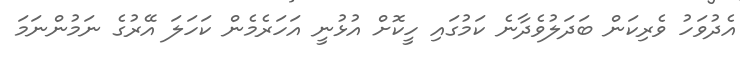
އެދުވަހު ވެރިކަން ބަދަލުވެދާނެ ކަމުގައި ހީކޮށް އުޅުނީ އަހަރެމެން ކަހަލަ އޭރުގެ ނަމުންނަމަ